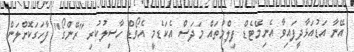
އޭނާ އަޑުއަޅާދީފައިވާ އެނިމޭޓެޑް ފިލްމުތައް މަދަސް އެކަޑެމީ އެވޯޑް ހާސިލުކުރި "ރޭންގޯ" ފާހަގަކޮށްލަން